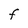
Character: F